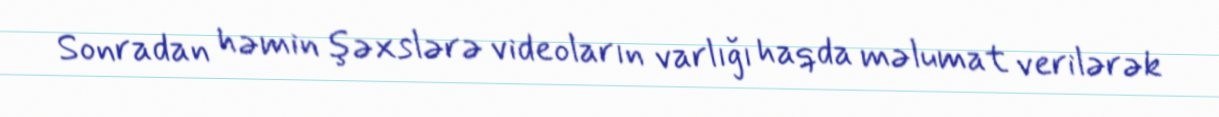
Sonradan həmin şəxslərə videoların varlığı haqda məlumat verilərək